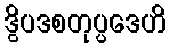
ဒွိပဒစတုပ္ပဒေဟိ